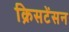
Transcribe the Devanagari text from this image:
क्रिसटेंसन